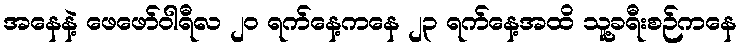
အနေနဲ့ ဖေဖော်ဝါရီလ ၂၀ ရက်နေ့ကနေ ၂၃ ရက်နေ့အထိ သူ့ခရီးစဉ်ကနေ